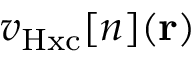
v _ { \mathrm { H x c } } [ n ] ( \mathbf { r } )